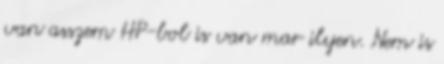
van asszem HP-bol is van mar ilyen. Nem is